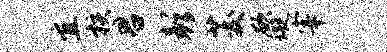
宜核君彭茭欲璇宰